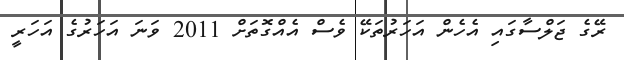
ރޭގެ ޖަލްސާގައި އެހެން އަހަރުތަކޭ ވެސް އެއްގޮތަށް 2011 ވަނަ އަހަރުގެ އަހަރީ